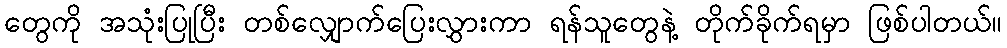
တွေကို အသုံးပြုပြီး တစ်လျှောက်ပြေးလွှားကာ ရန်သူတွေနဲ့ တိုက်ခိုက်ရမှာ ဖြစ်ပါတယ်။